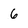
Character: 6